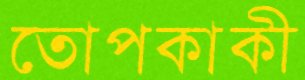
তোপকাকী